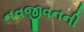
નવજીવનની